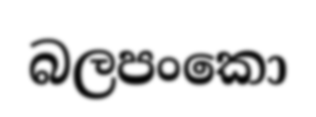
බලපංකො